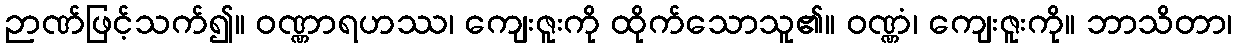
ဉာဏ်ဖြင့်သက်၍။ ဝဏ္ဏာရဟဿ၊ ကျေးဇူးကို ထိုက်သောသူ၏။ ဝဏ္ဏံ၊ ကျေးဇူးကို။ ဘာသိတာ၊